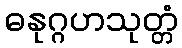
ဓနုဂ္ဂဟသုတ္တံ